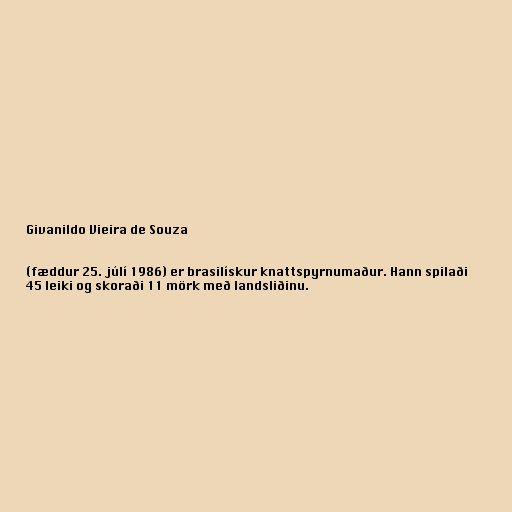
Givanildo Vieira de Souza

(fæddur 25. júlí 1986) er brasilískur knattspyrnumaður. Hann spilaði
45 leiki og skoraði 11 mörk með landsliðinu.